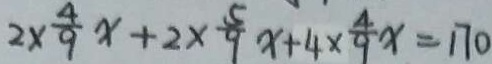
2 \times \frac { 4 } { 9 } x + 2 \times \frac { 5 } { 9 } x + 4 \times \frac { 4 } { 9 } x = 1 7 0